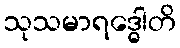
သုသမာရဒ္ဓေါတိ